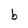
Character: b